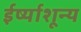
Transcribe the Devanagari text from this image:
ईर्ष्याशून्य